Karu_vallavalitsus_Parnumaal, lk 47
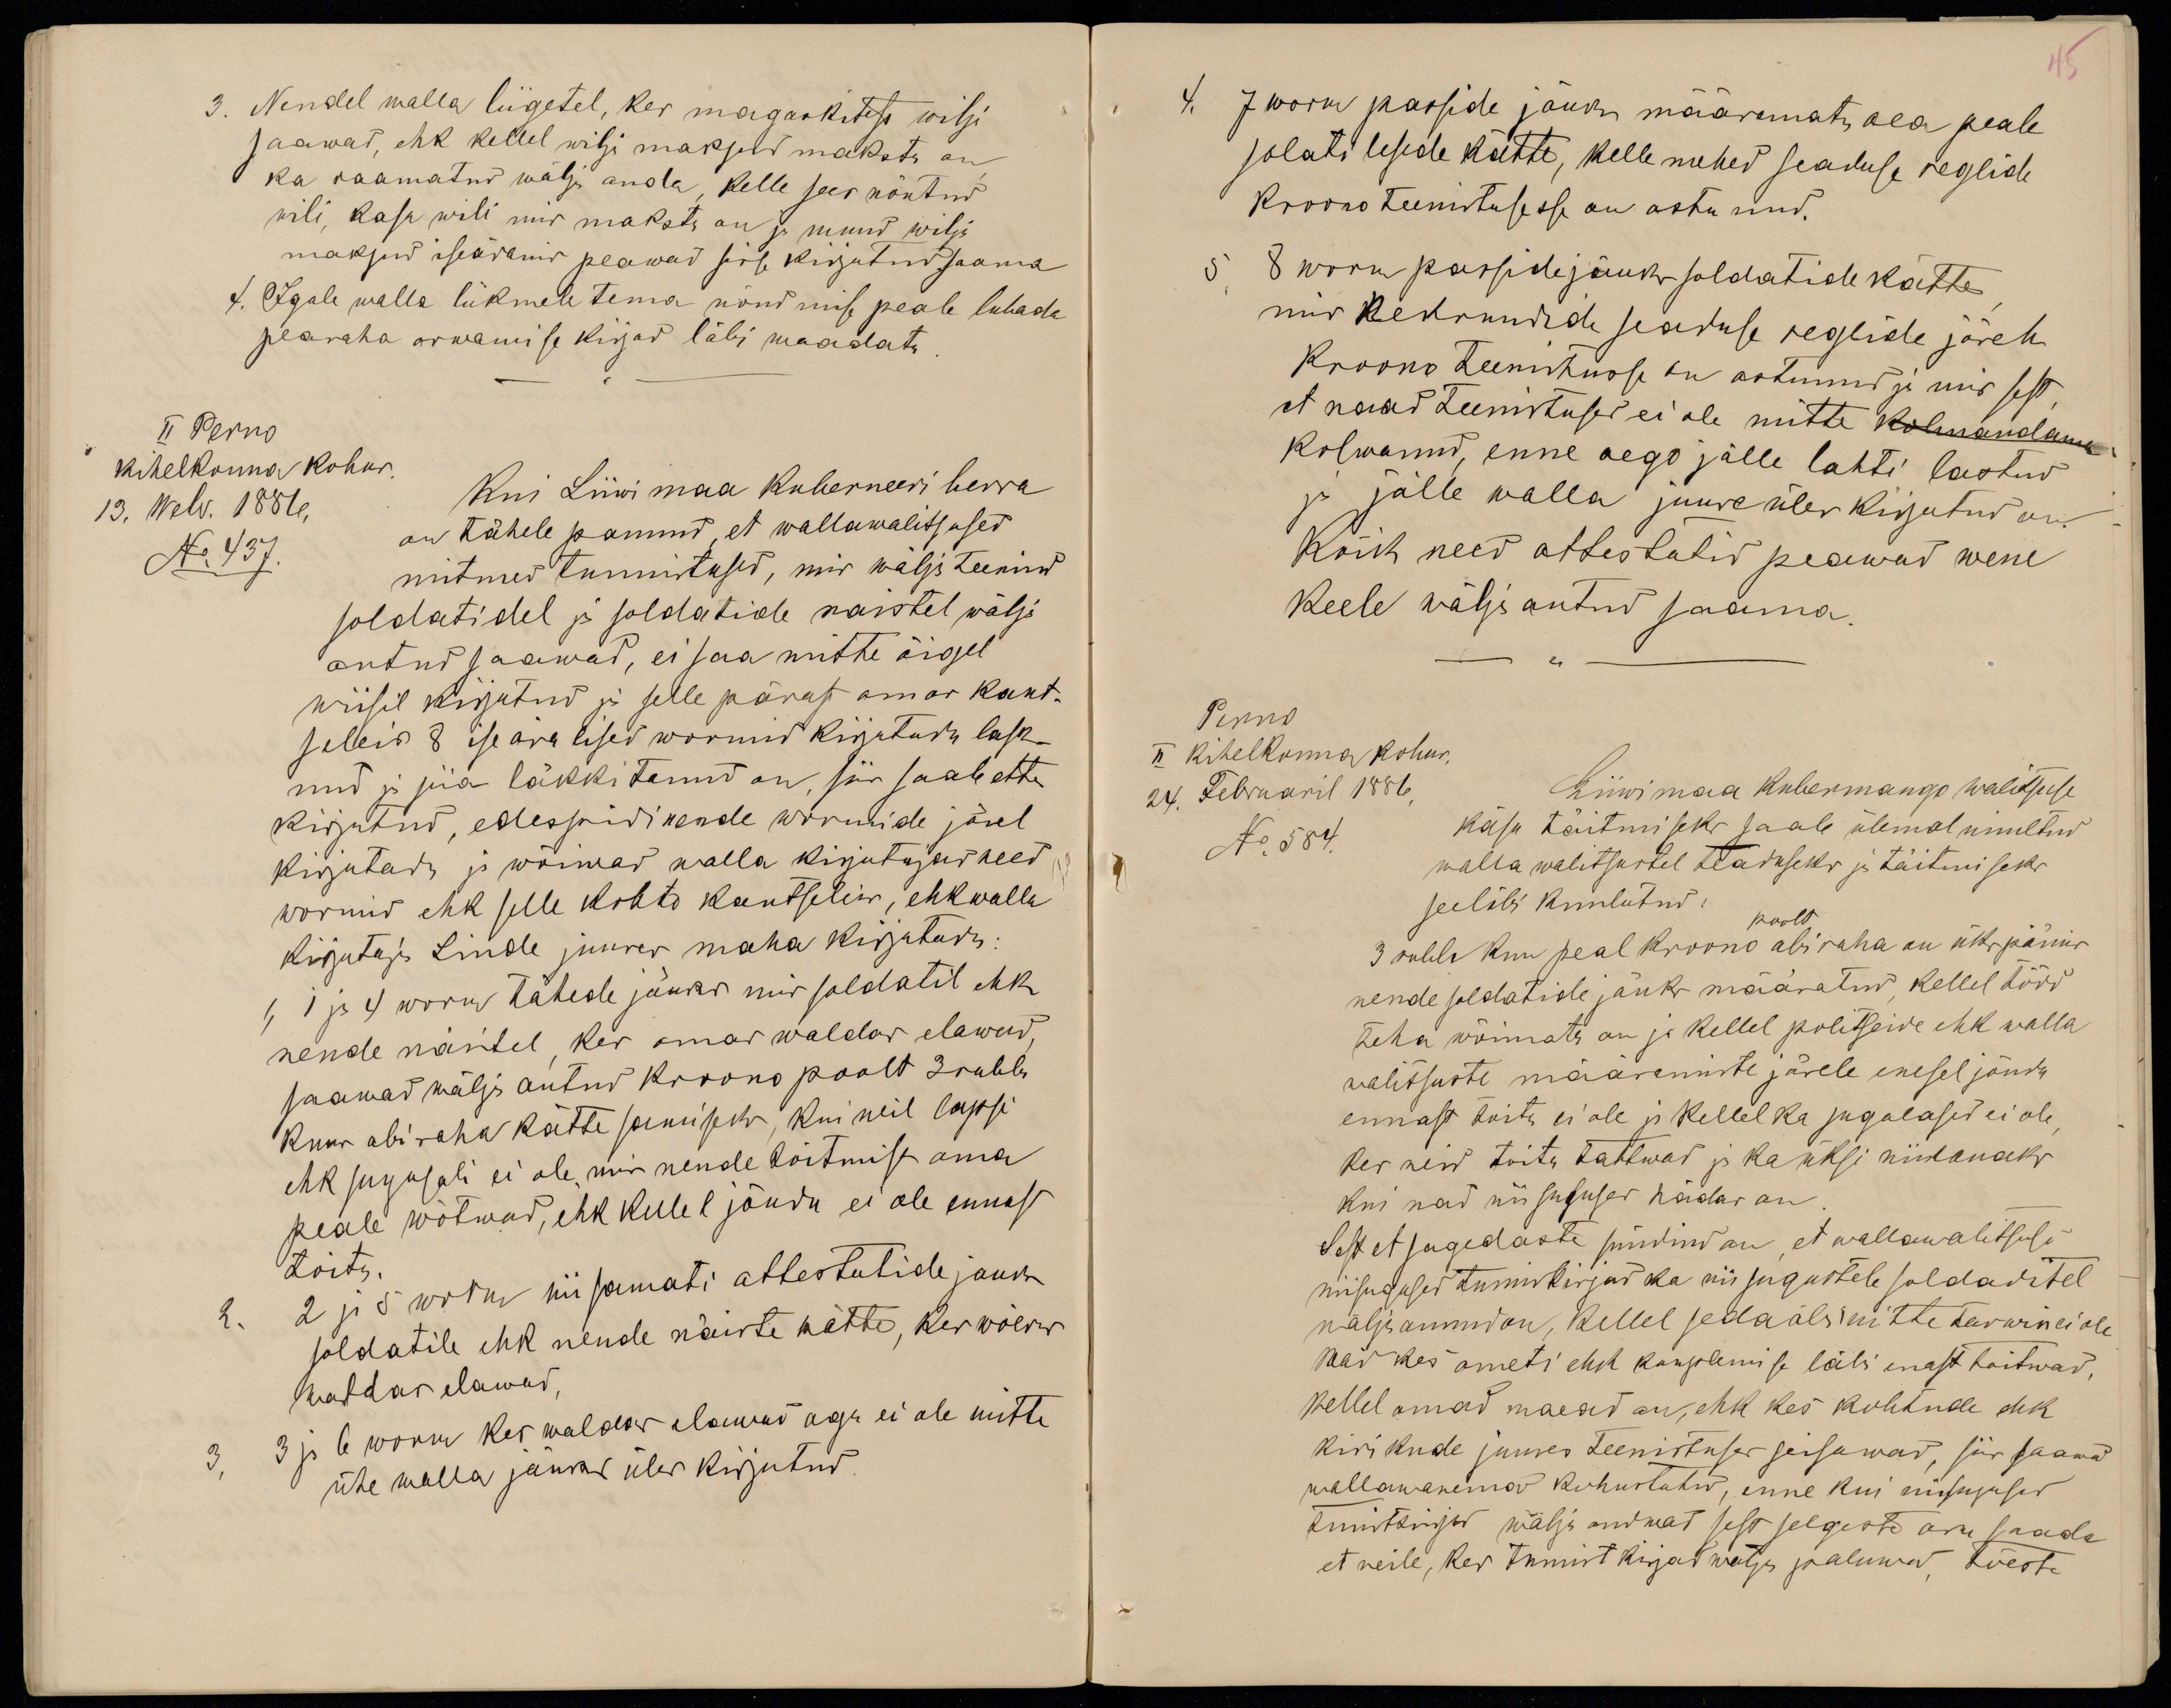
45

3. Nendel walla liigetel, kes magaskitest wilja
saawad, ehk kellel wilja maksud maksta on,
ka raamatud wälja anda, kelle sees nõutud
wili, kasa wili mis maksta on ja muud wilja
maksud iseäranis peawad sisse kirjutud saama
4. Igale walla liikmele tema nõudmise peale lubada
pearaha arwamise kirjad läbi waadata.
II Perno
kihelkonna kohus.
13. Webr. 1886,
No 437.
Kui Liiwi maa Kuberneeri herra
on tähele pannud, et wallawalitsused
mitmed tunnistused, mis wälja teenind
soldatidel ja soldatide naistel wälja
antud saawad, ei saa mitte õigel
wiisil kirjutud ja selle pärast omas kant-
seleis 8 iseäralised wormid kirjutada lask-
nud ja siia läkkitanud on, siis saab ette
kirjutud, edespidi nende wormide järel
kirjutada ja wõiwad walla kirjutajad need
wormid ehk selle kohto kantseleis, ehkwalla
kirjutaja Linde juures maha kirjutada:
1, 1 ja 4 worm tähede jäuks mis soldatil ehk
nende näistel, kes omas waldas elawad,
saawad wälja antud kroono poolt 3 rubla
kuus abiraha kätte samiseks, kui neil lapsi
ehk sugusali ei ole, mis nende toitmise oma
peale wõtwad, ehk kellel jõudu ei ole ennast
toita.
2. 2 ja 5 worm nii samati attestutide jauks
soldatile ehk nende näiste kätte, kes wõeras
waldas elawad,
3, ja 6 worm kes waldas elawad aga ei ole mitte
ühe walla jäuks üles kirjutud.

4. 7 worm passide jäuks määramata aea peale
solati lesede kätte, kelle mehed seaduse reglide
kroono teenistusesse on astunud.
5, 8 worm passide jäuks soldatide kätte,
mis nekruudide seaduse reglide järele
kroono teenistusse on astunud ja mis sest,
et naad teenistuses ei ole mitte kolmandama
kolwanud, enne aego jälle lahti lastud
ja jälle walla juure üles kirjutud on.
Kõik need attestatid peawad wene
keele wälja antud saama.
-"-
Perno
II kihelkonna kohus,
24. Februaril 1886,
No 584.
Liiwimaa kubermango walitsuse
käsu täitmiseks saab ülemal nimetud
walla walitsustel teaduseks ja täitmiseks
seeläbi kuulutud:
poolt
3 rubla kuu peal kroono abiraha on ükspäinis
nende soldatide jäuks määratud, kellel tööd
teha wõimatu on ja kellel politseide ehk walla
walitsuste määramiste järele enesel jõudu
ennast toita ei ole ja kellel ka sugulased ei ole,
kes neid toita tahtwad ja ka üksi niikauaks
kui nad niisuguses hädas on.
Sest et sagedaste sündind on, et wallawalitsuse
niisugused tunniskirjad ka niisugustele soldaditel
wäljaannud on, kellel seda abi mitte tarwin ei ole
Neid kes ometi ehk kauplemise läbi enast toitwad,
kellel omad naesed on, ehk kes kohtude ehk
kirikude juures teenistuses seisawad, siis saawad
wallawanemad kohustatud, enne kui niisugused
tuniskirjad wälja andwad sest selgeste aru saada
et neile, kes tunnitkirjad wälja paluwad, tõeste